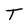
Character: T